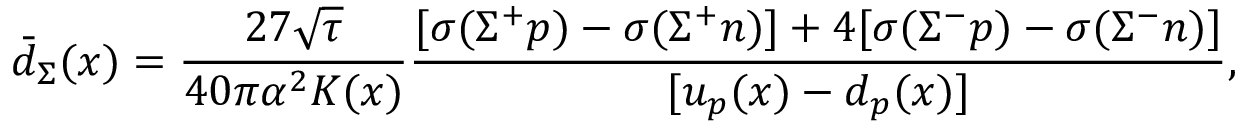
\bar { d } _ { \Sigma } ( x ) = \frac { 2 7 \sqrt { \tau } } { 4 0 \pi \alpha ^ { 2 } K ( x ) } \frac { [ \sigma ( \Sigma ^ { + } p ) - \sigma ( \Sigma ^ { + } n ) ] + 4 [ \sigma ( \Sigma ^ { - } p ) - \sigma ( \Sigma ^ { - } n ) ] } { [ u _ { p } ( x ) - d _ { p } ( x ) ] } ,